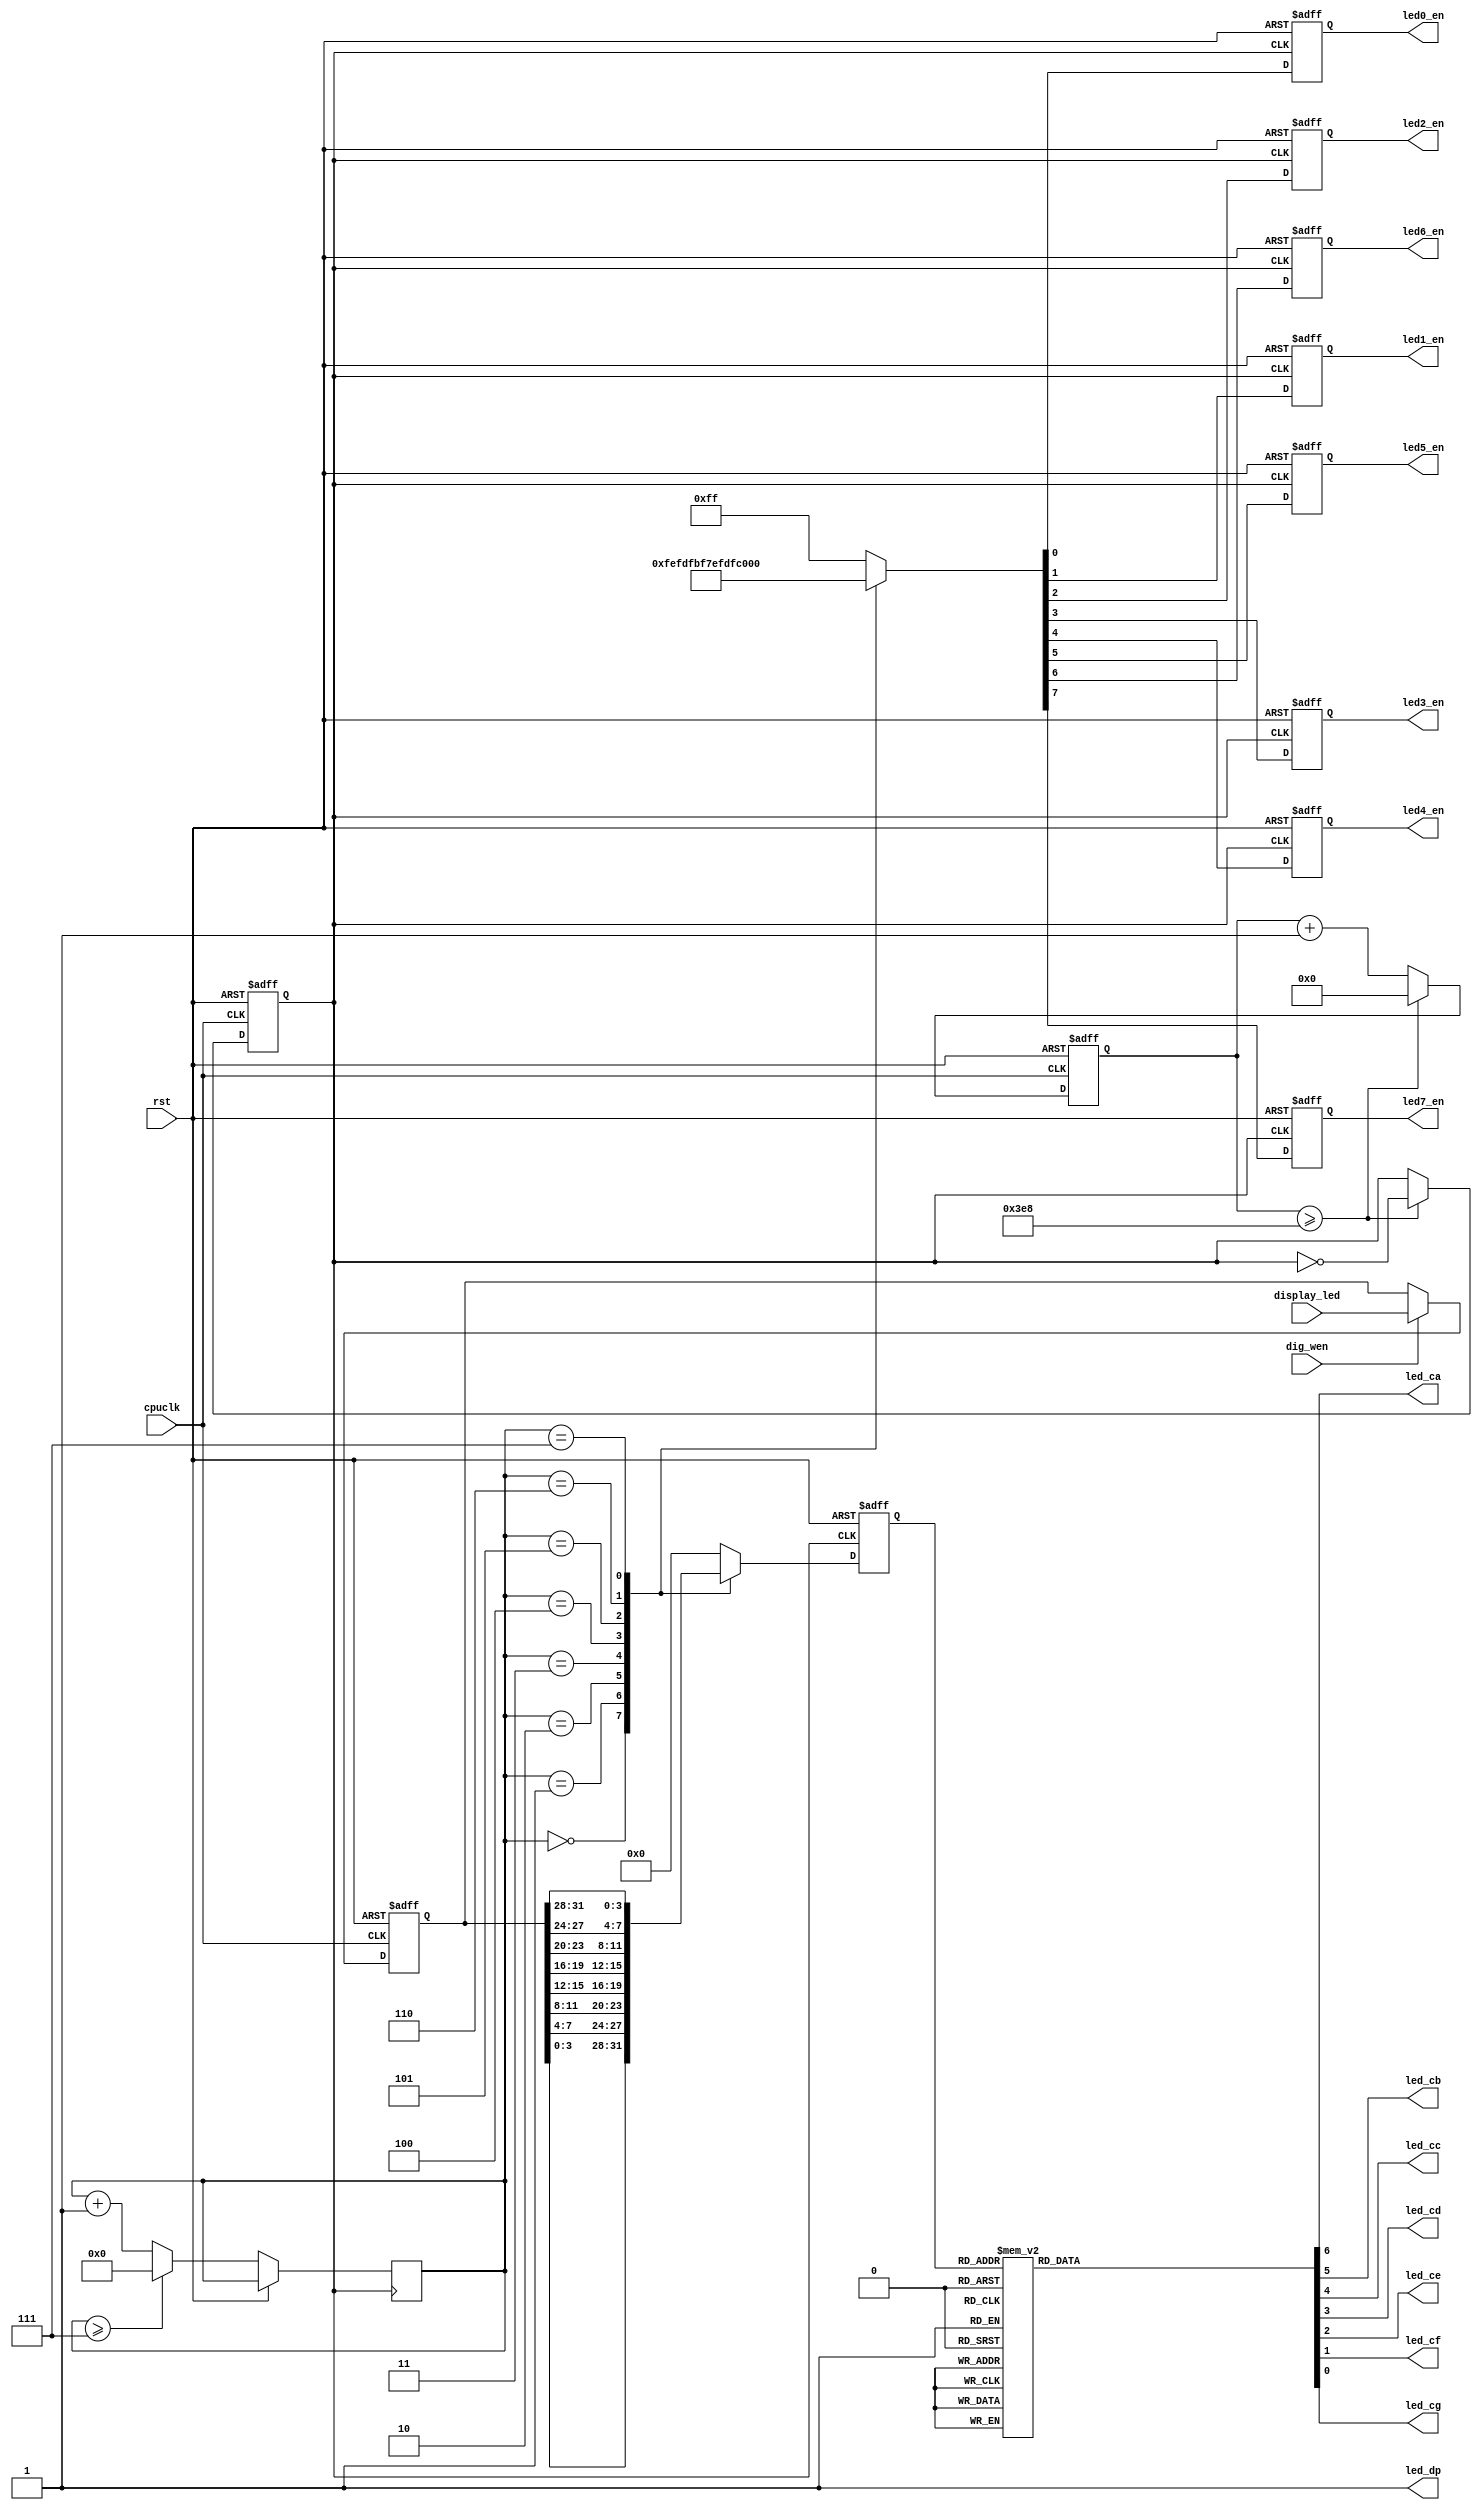
module digit_display(
    input wire       cpuclk   ,
	input wire       rst   ,
	input wire [31:0] display_led, 
    input wire       dig_wen,
	output reg        led0_en,
	output reg        led1_en,
    output reg        led2_en,
    output reg        led3_en,
    output reg        led4_en,
    output reg        led5_en,
    output reg        led6_en,
    output reg        led7_en,
	output reg        led_ca,
	output reg        led_cb,
    output reg        led_cc,
	output reg        led_cd,
	output reg        led_ce,
	output reg        led_cf,
	output reg        led_cg,
	output wire       led_dp
//	output reg [23:0] 
);

//    {led7_en, led6_en, led5_en, led4_en, led3_en, led2_en, led1_en, led0_en} = 8'b11111111;
//    reg [7:0] led_en = 8'b11111111;//
    reg [3:0] disp_dat = 0;  //
    reg [7:0] disp_bit = 0;  //
    
    assign led_dp = 1'b1;

    reg [31:0] led_save;
    always @(posedge cpuclk or posedge rst) begin
        if(rst)
            led_save <= 32'd0;
        else if(dig_wen)
            led_save <= display_led;
        else 
            led_save <= led_save;
    end

    reg [31:0]div_cnt;
    reg divclk;
    assign div_flag = (div_cnt >= 32'd1000);
    always @(posedge cpuclk or posedge rst)begin
        if(rst)
            div_cnt <= 32'd0;
        else if(div_flag)
            div_cnt <= 32'd0;
        else
            div_cnt <= div_cnt + 32'd1;
    end

    always @(posedge cpuclk or posedge rst) begin
        if(rst)
            divclk <= 0;
        else if(div_flag)
            divclk <= ~divclk;
        else 
            divclk <= divclk;
    end

    // 
    always @(posedge divclk or posedge rst)    begin
        if(rst) begin     
           // disp_bit<=3'b0;
           {led7_en, led6_en, led5_en, led4_en, led3_en, led2_en, led1_en, led0_en}<=8'b11111111;
           disp_dat<=4'd0;
        end
        else begin
            if(disp_bit>=7)     disp_bit<=3'b0;
            else    disp_bit<= disp_bit+3'd1;
        
            case(disp_bit)
                3'd0:   begin
                    {led7_en, led6_en, led5_en, led4_en, led3_en, led2_en, led1_en, led0_en}<=8'b11111110;  //1
                    disp_dat<=led_save[3:0];
                end
                3'd1:   begin
                    {led7_en, led6_en, led5_en, led4_en, led3_en, led2_en, led1_en, led0_en}<=8'b11111101;  //2
                    disp_dat<=led_save[7:4];
                end
                3'd2:   begin
                    {led7_en, led6_en, led5_en, led4_en, led3_en, led2_en, led1_en, led0_en}<=8'b11111011;  //3
                    disp_dat<=led_save[11:8];
                end
                3'd3:   begin
                    {led7_en, led6_en, led5_en, led4_en, led3_en, led2_en, led1_en, led0_en}<=8'b11110111;  //4
                    disp_dat<=led_save[15:12];
                end
                3'd4:   begin
                    {led7_en, led6_en, led5_en, led4_en, led3_en, led2_en, led1_en, led0_en}<=8'b11101111;  //5
                    disp_dat<=led_save[19:16];
                end
                3'd5:   begin
                    {led7_en, led6_en, led5_en, led4_en, led3_en, led2_en, led1_en, led0_en}<=8'b11011111;  //6
                    disp_dat<=led_save[23:20];
                end
                3'd6:   begin
                    {led7_en, led6_en, led5_en, led4_en, led3_en, led2_en, led1_en, led0_en}<=8'b10111111;  //7
                    disp_dat<=led_save[27:24];
                end
                3'd7:   begin
                    {led7_en, led6_en, led5_en, led4_en, led3_en, led2_en, led1_en, led0_en}<=8'b01111111;  //8
                    disp_dat<=led_save[31:28];
                end
                default:    begin
                    {led7_en, led6_en, led5_en, led4_en, led3_en, led2_en, led1_en, led0_en}<=8'b11111111;
                    disp_dat<=4'd0;
                end
            endcase
        end
    end
    
    //
    always @(*)      begin
        case(disp_dat)
            4'h0:{led_ca, led_cb, led_cc, led_cd, led_ce, led_cf, led_cg} = 7'b0000001;
            4'h1:{led_ca, led_cb, led_cc, led_cd, led_ce, led_cf, led_cg} = 7'b1001111;
            4'h2:{led_ca, led_cb, led_cc, led_cd, led_ce, led_cf, led_cg} = 7'b0010010;
            4'h3:{led_ca, led_cb, led_cc, led_cd, led_ce, led_cf, led_cg} = 7'b0000110;
            4'h4:{led_ca, led_cb, led_cc, led_cd, led_ce, led_cf, led_cg} = 7'b1001100;
            4'h5:{led_ca, led_cb, led_cc, led_cd, led_ce, led_cf, led_cg} = 7'b0100100;
            4'h6:{led_ca, led_cb, led_cc, led_cd, led_ce, led_cf, led_cg} = 7'b0100000;
            4'h7:{led_ca, led_cb, led_cc, led_cd, led_ce, led_cf, led_cg} = 7'b0001111;
            4'h8:{led_ca, led_cb, led_cc, led_cd, led_ce, led_cf, led_cg} = 7'b0000000;
            4'h9:{led_ca, led_cb, led_cc, led_cd, led_ce, led_cf, led_cg} = 7'b0001100;
            4'ha:{led_ca, led_cb, led_cc, led_cd, led_ce, led_cf, led_cg} = 7'b0001000;
            4'hb:{led_ca, led_cb, led_cc, led_cd, led_ce, led_cf, led_cg} = 7'b1100000;
            4'hc:{led_ca, led_cb, led_cc, led_cd, led_ce, led_cf, led_cg} = 7'b1110010;
            4'hd:{led_ca, led_cb, led_cc, led_cd, led_ce, led_cf, led_cg} = 7'b1000010;
            4'he:{led_ca, led_cb, led_cc, led_cd, led_ce, led_cf, led_cg} = 7'b0110000;
            4'hf:{led_ca, led_cb, led_cc, led_cd, led_ce, led_cf, led_cg} = 7'b0111000;
            default:{led_ca, led_cb, led_cc, led_cd, led_ce, led_cf, led_cg} = 7'b1111111;
        endcase
    end
    
endmodule